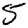
Digit: 5